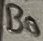
Text: B0